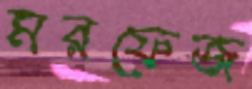
মরফেজ